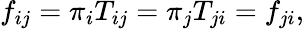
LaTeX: f_{ij}=\pi_{i}T_{ij}=\pi_{j}T_{ji}=f_{ji},